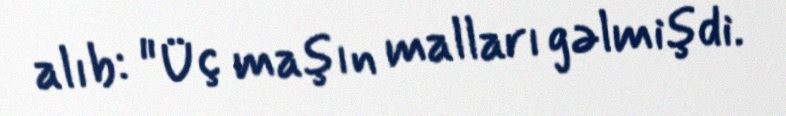
alıb: "Üç maşın malları gəlmişdi.